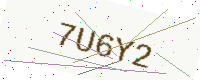
Text: 7U6Y2